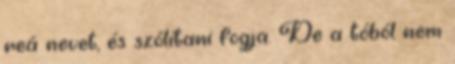
reá nevet, és szólítani fogja. De a tóból nem